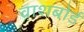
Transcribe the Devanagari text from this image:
वाशबोर्ड